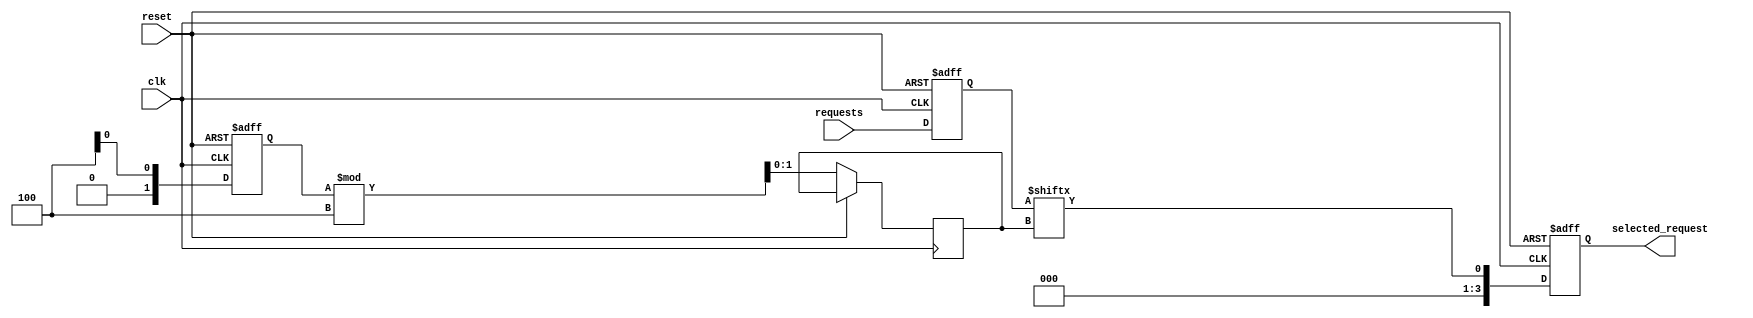
module RandomArbiter (
    input wire clk,
    input wire reset,
    input wire [3:0] requests,
    output reg [3:0] selected_request
);

reg [3:0] synchronized_requests;
reg [1:0] random_number;
reg [1:0] selection_index;

always @(posedge clk or posedge reset) begin
    if (reset) begin
        synchronized_requests <= 4'b0000;
        random_number <= 2'b00;
        selected_request <= 4'b0000;
    end else begin
        synchronized_requests <= requests;
        random_number <= $random;
        selection_index <= random_number % 4;
        selected_request <= synchronized_requests[selection_index];
    end
end

endmodule